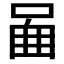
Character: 𠴿